system: You are a helpful assistant.
user:
Analyze the provided spectrum to determine if it is a **"Cataclysmic Variables (CV)"**.

- **Key Indicators for CV (Check for either state):**
    - **State 1: Quiescent / Low-State (Emission-Dominated)**
        - **(Primary):** Strong and *very broad* Hydrogen Balmer emission lines (e.g., $H\alpha$ at 6563 Å, $H\beta$ at 4861 Å). The 'broadness' (high velocity dispersion, often FWHM > 1000 km/s) is the key diagnostic, indicating a high-velocity accretion disk.
        - **(Secondary):** Broad neutral Helium (He I) emission lines (e.g., 5876 Å, 6678 Å).
        - **(Key Confirmation):** Presence of high-excitation *ionized* Helium (He II) emission at 4686 Å. This is a strong indicator of accretion onto a white dwarf.
        - **(Line Profile):** Emission lines may exhibit a 'double-peaked' profile, which is a classic signature of a rotating accretion disk viewed at high inclination.

    - **State 2: Outburst / High-State (Absorption-Dominated)**
        - **(Primary):** Spectrum is dominated by a bright, blue continuum (looks like a hot star).
        - **(Secondary):** The emission lines from State 1 are weak, absent, or 'filled in', and are replaced by broad, shallow *absorption* lines (primarily Balmer and He I).
        - **(Morphology):** The overall spectrum mimics a hot B/A-type star. The crucial difference is that the absorption lines are significantly broader, shallower, and more 'washed-out' (or 'smeared') than the sharp lines of a normal stellar photosphere, due to high rotational speeds and pressure broadening in the disk.

Think first, call **spectral_visualization_tool** if needed to examine features in detail, then provide your final answer. Your response must adhere to the following strict rules:
1.  **Overall Structure:** Your response must follow the format `<think>...</think> <tool_call>...</tool_call> (if a tool is used) <answer>...</answer>`.
2.  **Tool Usage Constraint:** You may only make **one** tool call per turn.
3.  **Final Answer Format:** In the `<answer>` tag, your conclusion must be inside a `\boxed{}` command (e.g., `\boxed{YES}`), followed by your justification.

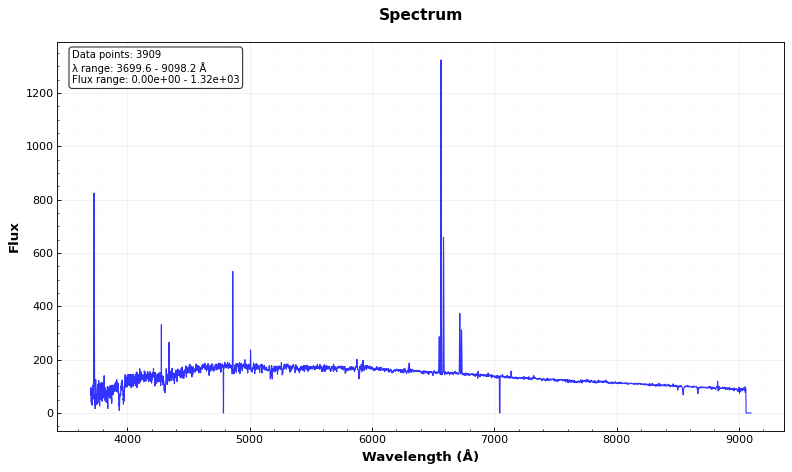
Answer: NO